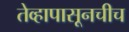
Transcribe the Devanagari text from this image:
तेव्हापासूनचीच